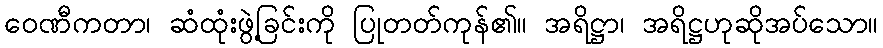
ဝေဏီကတာ၊ ဆံထုံးဖွဲ့ခြင်းကို ပြုတတ်ကုန်၏။ အရိဋ္ဌာ၊ အရိဋ္ဌဟုဆိုအပ်သော။